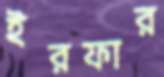
ইরফার